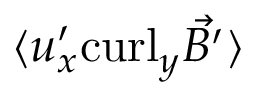
\langle { u } _ { x } ^ { \prime } \mathrm { c u r l } _ { y } \vec { B ^ { \prime } } \rangle